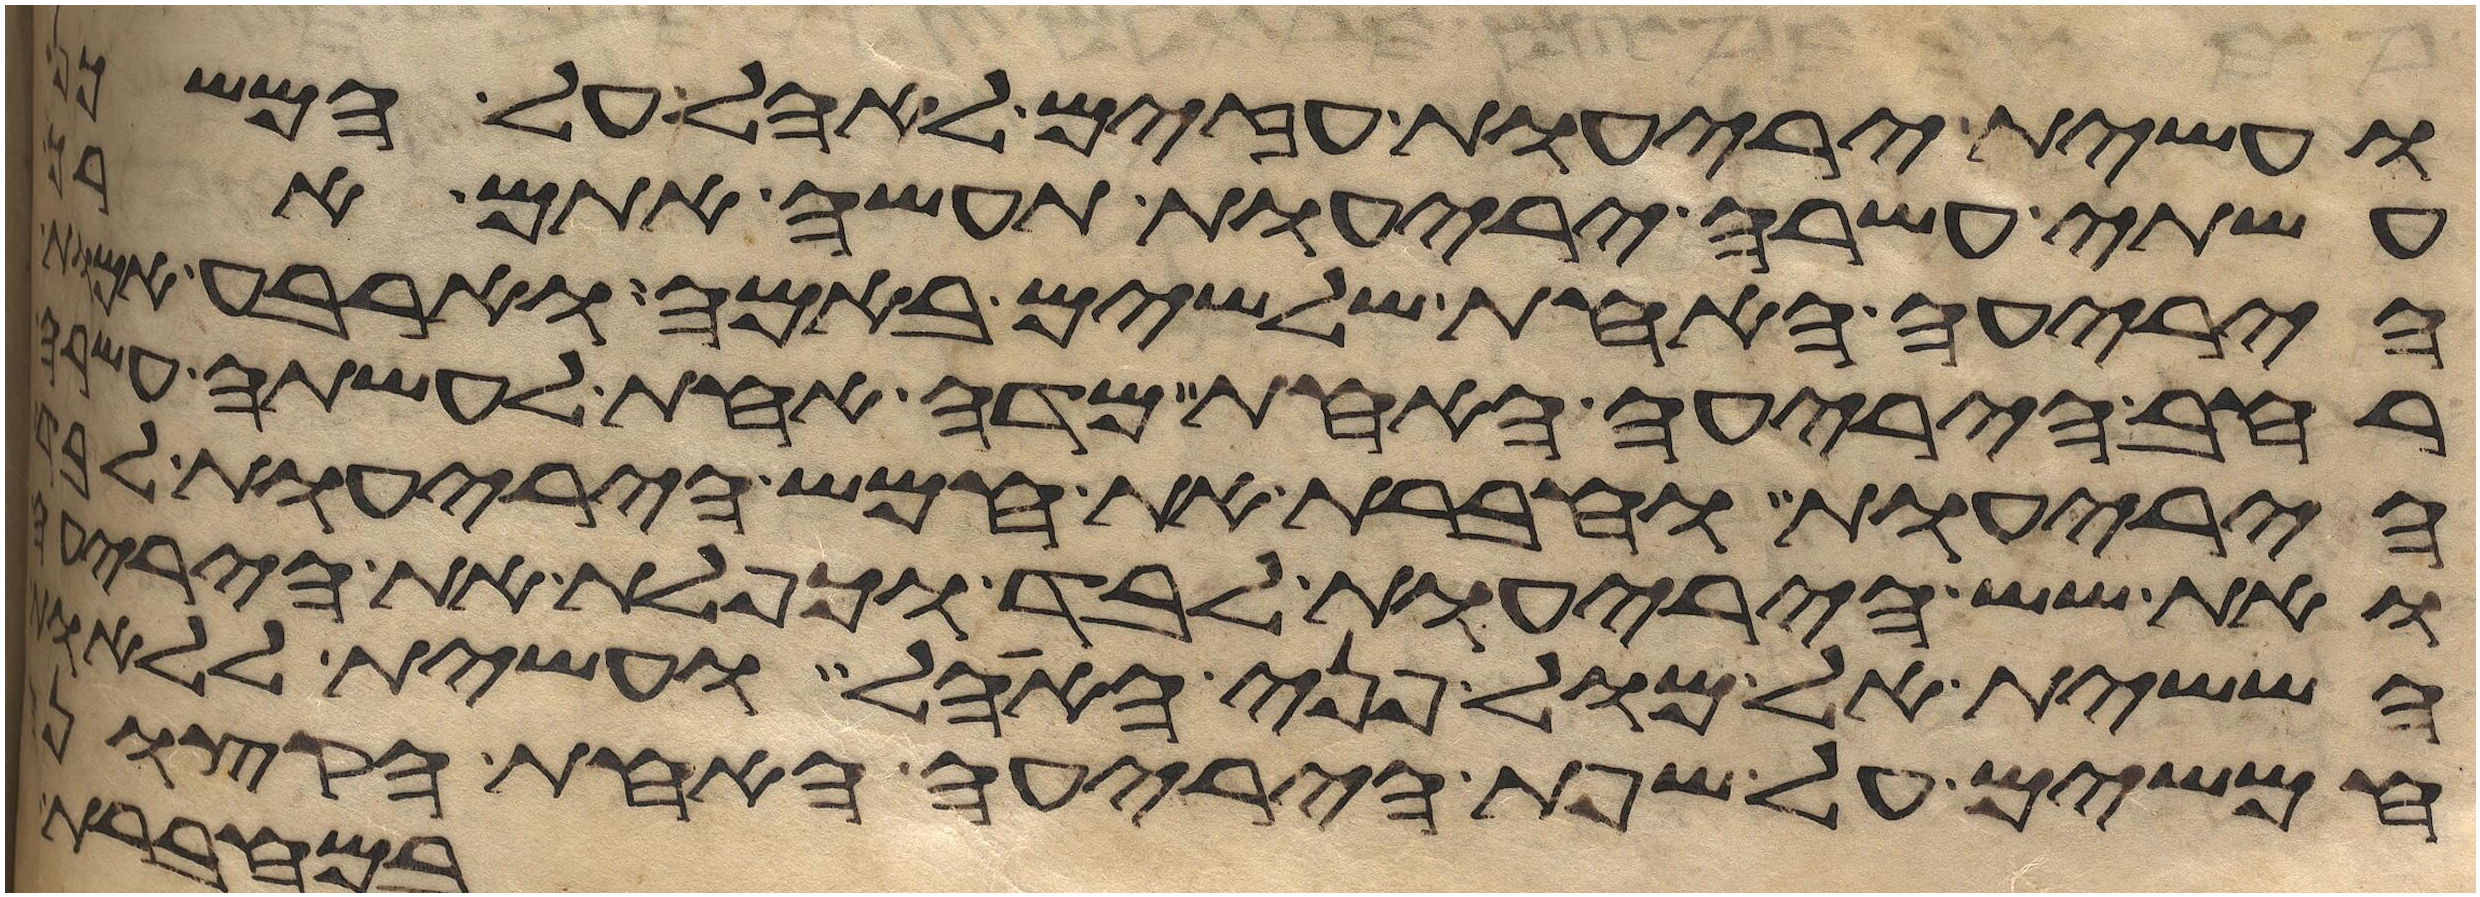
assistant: ועשית יריעות עזים לאהל על המשכן
עשתה עשרה יריעות תעשה אתם ארך
היריעה האחת שלשים באמה וארבע
רחב היריעה האחת מדה אחת לעשתה עשרה
היריעות וחברת את חמש היריעות לבד
ואת שש היריעות לבד וכפלת את היריעה
הששית אל מול פני האהל ועשית ללאות
חמשים על שפת היריעה האחת הקצונה